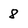
Character: 8